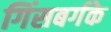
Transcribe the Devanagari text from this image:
गिंसबर्गके